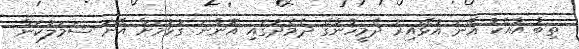
ތިބާ އާއެކު އޭނަ އުޅޭއިރު ދެމީހުންގެ ދެމެދުގައި އޮންނަ ގުޅުމަށް އޭނަ ސަމަލުކަން